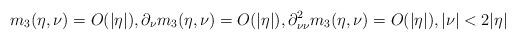
LaTeX: \begin{align*}m_3(\eta,\nu)=O(|\eta|),\partial_\nu m_3(\eta,\nu)=O(|\eta|), \partial_{\nu\nu}^2 m_3(\eta,\nu)=O(|\eta|),|\nu|<2|\eta|\end{align*}